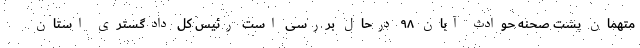
متهمان پشت صحنه حوادث آبان ۹۸ درحال بررسی است رئیس کل دادگستری استان